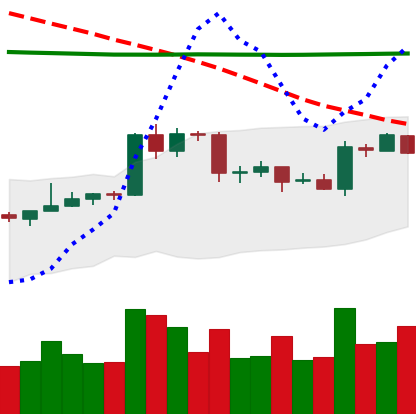
Ticker: EOS-USD
Chart end date: 2020-04-19
Forward return: 3.776%
Label: up_3_5